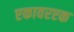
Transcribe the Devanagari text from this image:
एकावरएक